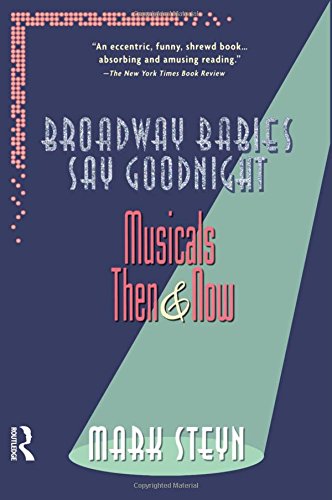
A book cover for Broadway Babies Say Goodnight: Musicals Then and Now; Mark Steyn; Literature & Fiction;